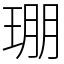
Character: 㻚